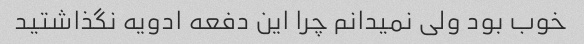
خوب بود ولی نمیدانم چرا این دفعه ادویه نگذاشتید